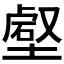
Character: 𡐍